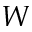
W